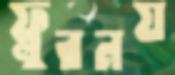
ফ্লুরনয়